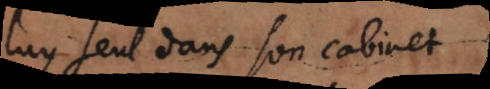
luy seul dans son cabinet